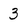
Character: 3